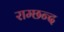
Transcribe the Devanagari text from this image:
राम्छन्द